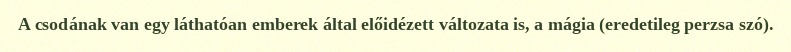
A csodának van egy láthatóan emberek által előidézett változata is, a mágia (eredetileg perzsa szó).